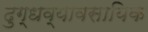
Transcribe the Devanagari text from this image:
दुग्धव्यावसायिक